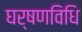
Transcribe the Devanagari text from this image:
घर्षणविधि